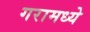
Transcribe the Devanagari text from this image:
गरामध्ये